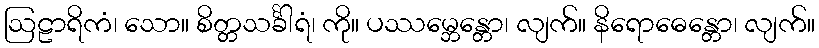
ဩဠာရိကံ၊ သော။ စိတ္တသင်္ခါရံ၊ ကို။ ပဿမ္ဘေန္တော၊ လျက်။ နိရောဓေန္တော၊ လျက်။